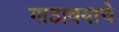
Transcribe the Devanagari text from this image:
गाठावयाचे